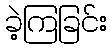
ခဲ့ကြခြင်း